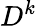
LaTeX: D^{k}